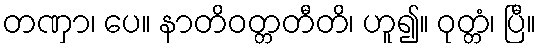
တဏှာ၊ ပေ။ နာတိဝတ္တတီတိ၊ ဟူ၍။ ဝုတ္တံ၊ ပြီ။